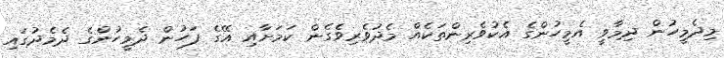
މިދެމީހުން ދިމާވީ އެމީހުންގެ އެކުވެރިންތަކެއް މެދުވެރިވެގެން ކަމަށާއި އޭގެ ފަހުން ދެމީހުންގެ ދެމެދުގައި